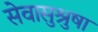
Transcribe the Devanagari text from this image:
सेवासुश्रुषा